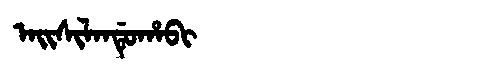
Manchu: ᠠᡳᠰᡳᠯᠠᠨᡩᡠᡥᠠᠪᡳ
Romanization: AISILANDUHABI